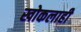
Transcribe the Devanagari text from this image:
खोकलाही